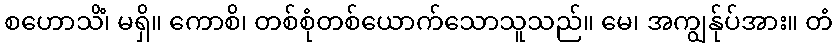
စဟောသိံ၊ မရှိ။ ကောစိ၊ တစ်စုံတစ်ယောက်သောသူသည်။ မေ၊ အကျွန်ုပ်အား။ တံ